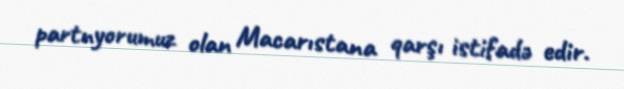
partnyorumuz olan Macarıstana qarşı istifadə edir.